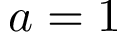
a = 1